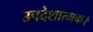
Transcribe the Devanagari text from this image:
उपदेशात्मक।